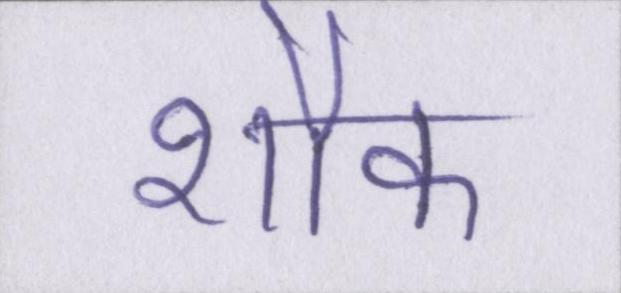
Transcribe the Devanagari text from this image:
शौक